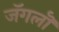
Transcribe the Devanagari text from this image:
जॅगलॊ